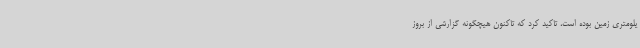
یلومتری زمین بوده است، تاکید کرد که تاکنون هیچگونه گزارشی از بروز